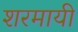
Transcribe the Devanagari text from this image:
शरमायी